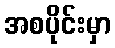
အစပိုင်းမှာ